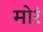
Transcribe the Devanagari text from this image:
मोरं